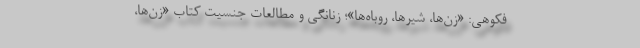
فکوهی: «زن‌ها، شیرها، روباه‌ها»؛ زنانگی و مطالعات جنسیت کتاب «زن‌ها،